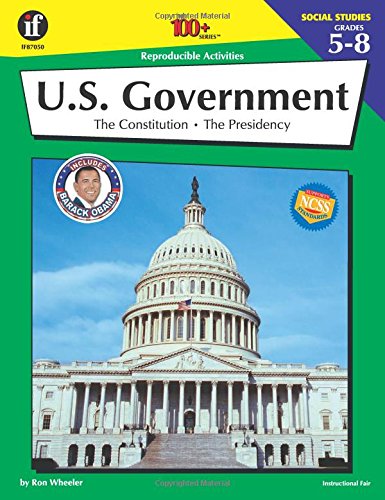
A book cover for U.S. Government, Grades 5 - 8 (The 100+ Series(TM)); Ron Wheeler; Children's Books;